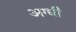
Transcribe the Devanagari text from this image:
अग्धी